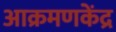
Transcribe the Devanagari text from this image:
आक्रमणकेंद्र